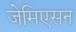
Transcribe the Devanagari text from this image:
जेमिएसन